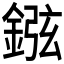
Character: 𨧻